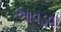
આવડવા